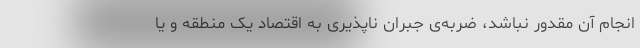
انجام آن مقدور نباشد، ضربه‌ی جبران ناپذیری به اقتصاد یک منطقه و یا